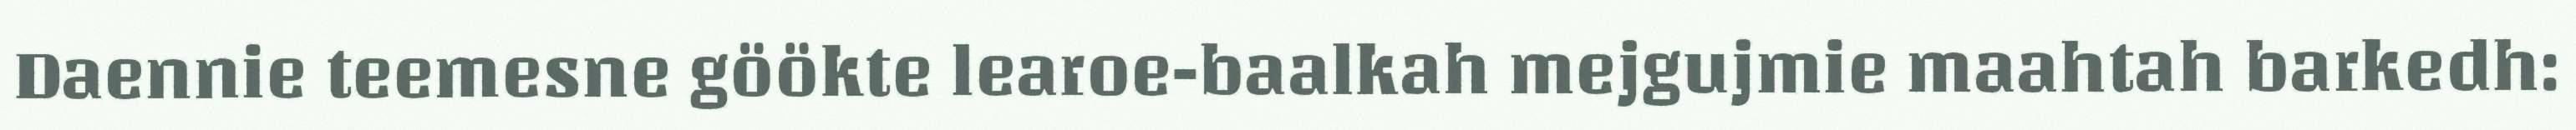
Daennie teemesne göökte learoe-baalkah mejgujmie maahtah barkedh: